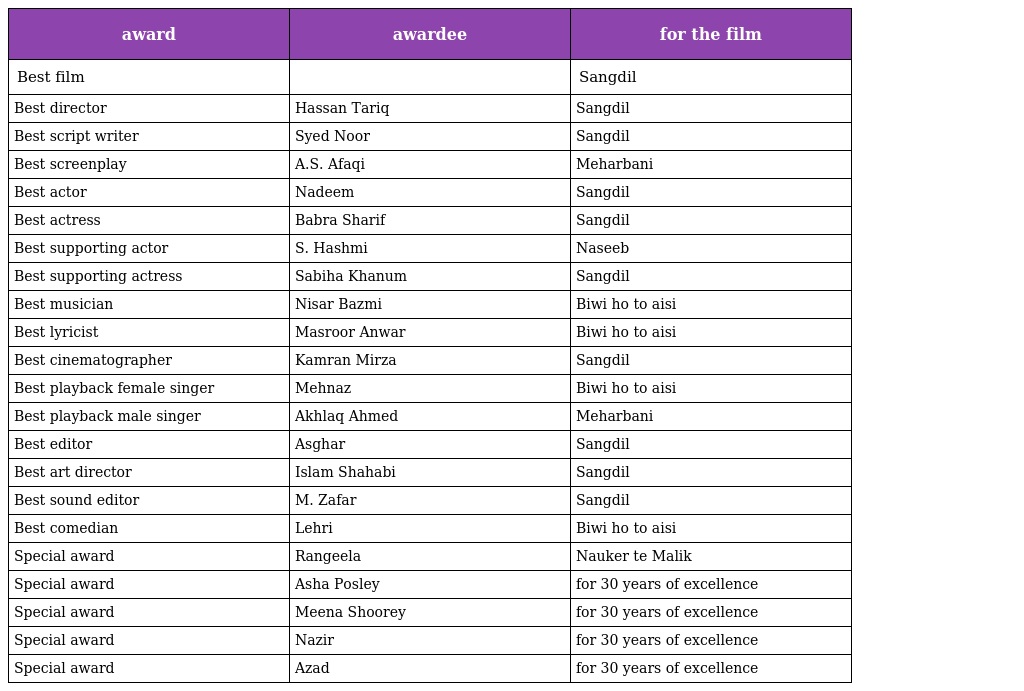
| award | awardee | for the film |
 | --- | --- | --- |
 | Best film |  | Sangdil |
 | Best director | Hassan Tariq | Sangdil |
 | Best script writer | Syed Noor | Sangdil |
 | Best screenplay | A.S. Afaqi | Meharbani |
 | Best actor | Nadeem | Sangdil |
 | Best actress | Babra Sharif | Sangdil |
 | Best supporting actor | S. Hashmi | Naseeb |
 | Best supporting actress | Sabiha Khanum | Sangdil |
 | Best musician | Nisar Bazmi | Biwi ho to aisi |
 | Best lyricist | Masroor Anwar | Biwi ho to aisi |
 | Best cinematographer | Kamran Mirza | Sangdil |
 | Best playback female singer | Mehnaz | Biwi ho to aisi |
 | Best playback male singer | Akhlaq Ahmed | Meharbani |
 | Best editor | Asghar | Sangdil |
 | Best art director | Islam Shahabi | Sangdil |
 | Best sound editor | M. Zafar | Sangdil |
 | Best comedian | Lehri | Biwi ho to aisi |
 | Special award | Rangeela | Nauker te Malik |
 | Special award | Asha Posley | for 30 years of excellence |
 | Special award | Meena Shoorey | for 30 years of excellence |
 | Special award | Nazir | for 30 years of excellence |
 | Special award | Azad | for 30 years of excellence |